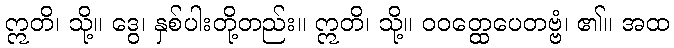
ဣတိ၊ သို့။ ဒွေ၊ နှစ်ပါးတို့တည်း။ ဣတိ၊ သို့။ ဝဝတ္ထေပေတဗ္ဗံ၊ ၏။ အထ